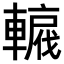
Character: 𨎡